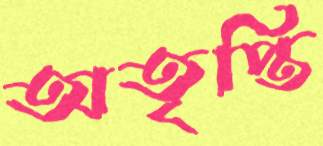
অতৃপ্তি